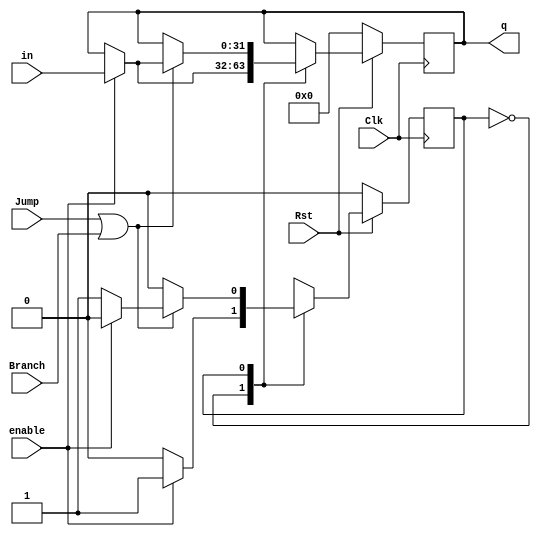
// ECE 5367
// Program Counter
// This is a clocked program counter for a processor
// with an enable bit for to load the new pc in.
// 
// Inputs:
//   in 32b: Address to access
//   enable: Loads the new pc value in when high
//   jump: if current command is a jump
//   branch if current command is a branch
//   Clk
//   Rst
//
// Outputs:
//   q 32b: outputs address

module pc(
          input [31:0] in,
          output reg[31:0] q,
          input enable,
          input Jump,
          input Branch,
          input Clk,
          input Rst);
    reg State;
    parameter StateIdle = 1'b0, StateCheckJumpOrBranch = 1'b1;
    always @(posedge Clk)
    if (Rst == 1'b0)
    begin
        State <= StateIdle;
        q <= 32'h00000000;
    end
    else
    begin
        case (State)
            StateIdle:
            begin
                if (enable == 1)
                begin
                    q <= in;
                    State <= StateCheckJumpOrBranch;
                end
                else
                begin
                    State <= StateIdle;
                end
            end
            //Jumps and Branches are loaded into the 'in' instead of executing
            //on a button press, and therefore the address must be reloaded on the 
            //next clock cycle
            StateCheckJumpOrBranch:
            begin
                if ((Jump == 1) || (Branch == 1))
                begin
                    if (enable == 1)
                    begin
                        q <= in;
                        State <= StateIdle;
                    end
                    else
                    begin
                        State <= StateCheckJumpOrBranch;
                    end
                end
                else
                begin
                    State <= StateIdle;
                end
            end
        endcase
    end
endmodule